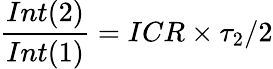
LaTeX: \frac{Int(2)}{Int(1)}=ICR\times\tau_{2}/2